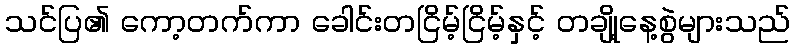
သင်ပြ၏ ကော့တက်ကာ ခေါင်းတငြိမ့်ငြိမ့်နှင့် တချို့နေ့စွဲများသည်